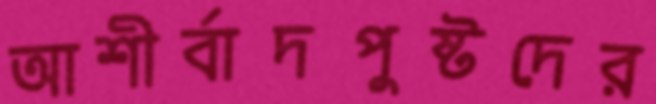
আশীর্বাদপুষ্টদের